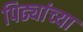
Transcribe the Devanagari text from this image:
पिढ्यांच्‍या